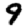
Digit: 9